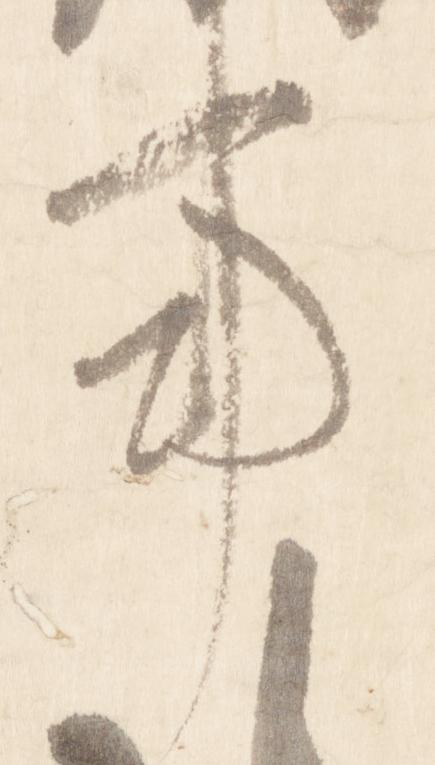
事